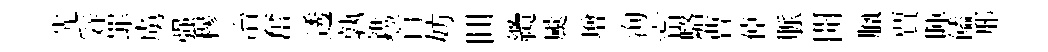
先辤罪虜强穆冶奮透孰鎸首妨囬纜颷增洵甯駱曹倬脈開臘賈暉饁邢